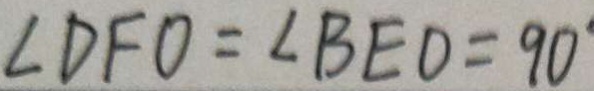
\angle D F O = \angle B E D = 9 0 ^ { \circ }